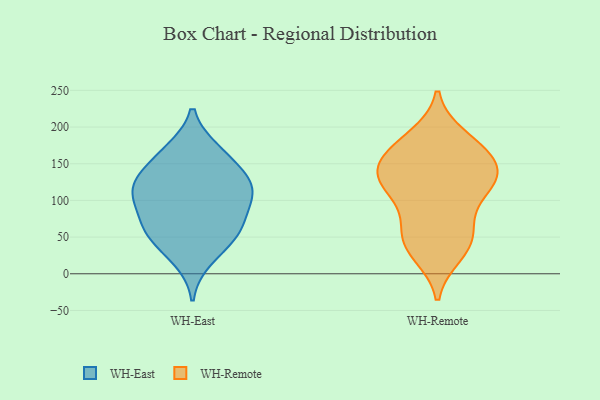
{"axis": {"x": "Production Output", "y": "Value"}, "legend": ["WH-East", "WH-Remote"], "data": [{"x": "", "y": 47, "type": "WH-East"}, {"x": "", "y": 168, "type": "WH-East"}, {"x": "", "y": 67, "type": "WH-East"}, {"x": "", "y": 103, "type": "WH-East"}, {"x": "", "y": 119, "type": "WH-East"}, {"x": "", "y": 114, "type": "WH-East"}, {"x": "", "y": 61, "type": "WH-East"}, {"x": "", "y": 89, "type": "WH-East"}, {"x": "", "y": 141, "type": "WH-East"}, {"x": "", "y": 131, "type": "WH-East"}, {"x": "", "y": 20, "type": "WH-East"}, {"x": "", "y": 112, "type": "WH-East"}, {"x": "", "y": 166, "type": "WH-East"}, {"x": "", "y": 54, "type": "WH-East"}, {"x": "", "y": 158, "type": "WH-Remote"}, {"x": "", "y": 180, "type": "WH-Remote"}, {"x": "", "y": 47, "type": "WH-Remote"}, {"x": "", "y": 122, "type": "WH-Remote"}, {"x": "", "y": 93, "type": "WH-Remote"}, {"x": "", "y": 128, "type": "WH-Remote"}, {"x": "", "y": 58, "type": "WH-Remote"}, {"x": "", "y": 33, "type": "WH-Remote"}, {"x": "", "y": 116, "type": "WH-Remote"}, {"x": "", "y": 127, "type": "WH-Remote"}, {"x": "", "y": 58, "type": "WH-Remote"}, {"x": "", "y": 186, "type": "WH-Remote"}, {"x": "", "y": 167, "type": "WH-Remote"}, {"x": "", "y": 27, "type": "WH-Remote"}, {"x": "", "y": 158, "type": "WH-Remote"}, {"x": "", "y": 132, "type": "WH-Remote"}, {"x": "", "y": 141, "type": "WH-Remote"}]}